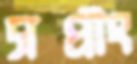
সপ্রীং